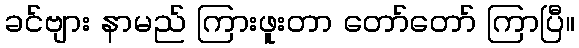
ခင်ဗျား နာမည် ကြားဖူးတာ တော်တော် ကြာပြီ။